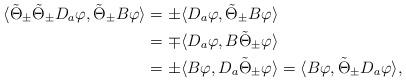
LaTeX: \begin{align*}\langle \tilde{\Theta}_\pm \tilde{\Theta}_\pm D_a\varphi,\tilde{\Theta}_\pm B\varphi\rangle&=\pm\langle D_a\varphi,\tilde{\Theta}_\pm B\varphi\rangle\\&=\mp\langle D_a\varphi,B\tilde{\Theta}_\pm \varphi\rangle\\&=\pm \langle B\varphi,D_a\tilde{\Theta}_\pm \varphi\rangle =\langle B\varphi,\tilde{\Theta}_\pm D_a\varphi\rangle,\end{align*}